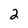
Character: 2